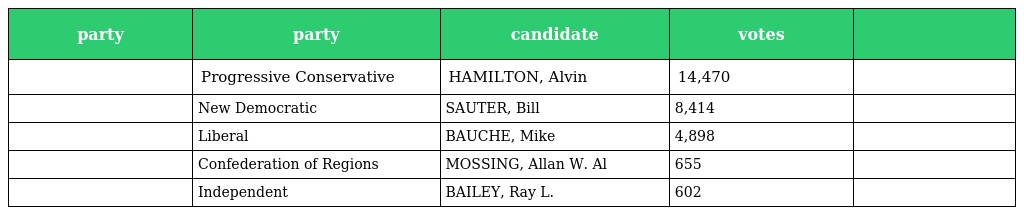
| party | party | candidate | votes |  |
 | --- | --- | --- | --- | --- |
 |  | Progressive Conservative | HAMILTON, Alvin | 14,470 |  |
 |  | New Democratic | SAUTER, Bill | 8,414 |  |
 |  | Liberal | BAUCHE, Mike | 4,898 |  |
 |  | Confederation of Regions | MOSSING, Allan W. Al | 655 |  |
 |  | Independent | BAILEY, Ray L. | 602 |  |